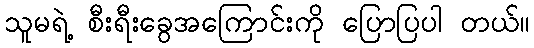
သူမရဲ့ စီးရီးခွေအကြောင်းကို ပြောပြပါ တယ်။